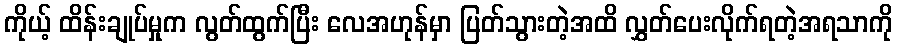
ကိုယ့် ထိန်းချုပ်မှုက လွတ်ထွက်ပြီး လေအဟုန်မှာ ပြတ်သွားတဲ့အထိ လွှတ်ပေးလိုက်ရတဲ့အရသာကို